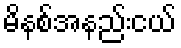
မိနစ်အနည်းငယ်